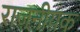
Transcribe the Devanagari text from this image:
राजनीयक